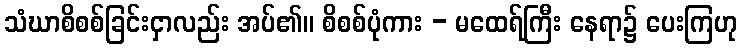
သံဃာစိစစ်ခြင်းငှာလည်း အပ်၏။ စိစစ်ပုံကား - မထေရ်ကြီး နေရာ၌ ပေးကြဟု